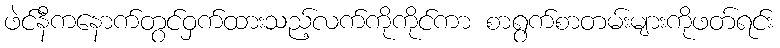
ဖဲင်နီကနောက်တွင်ဝှက်ထားသည့်လက်ကိုကိုင်ကာ စာရွက်စာတမ်းများကိုဖတ်ရင်း